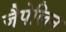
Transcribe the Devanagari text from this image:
जैपेलिन